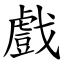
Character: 戲